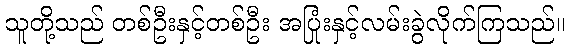
သူတို့သည် တစ်ဦးနှင့်တစ်ဦး အပြုံးနှင့်လမ်းခွဲလိုက်ကြသည်။